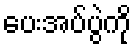
ပေးအပ်ပွဲကို